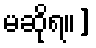
မဆိုရ။]